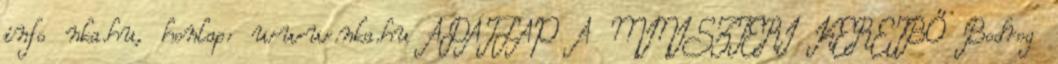
info nka.hu, honlap: www.nka.hu ADATLAP A MINISZTERI KERETBŐ Bodrog